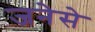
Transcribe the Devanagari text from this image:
जनेसे